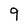
Character: 9